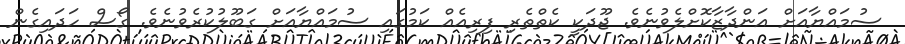
ސުމައްޔާއަށް އަންދާޒާކޮށްލެވުނެވެ. ޖޫދަކީ ކެތްތެރި ފިރިއެއް ކަމުގައި ސުމައްޔާއަށް ގަބޫލުކުރެވުނެވެ. ގޯސް ހަދައިގެން